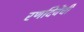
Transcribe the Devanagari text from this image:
रणदिवेंची